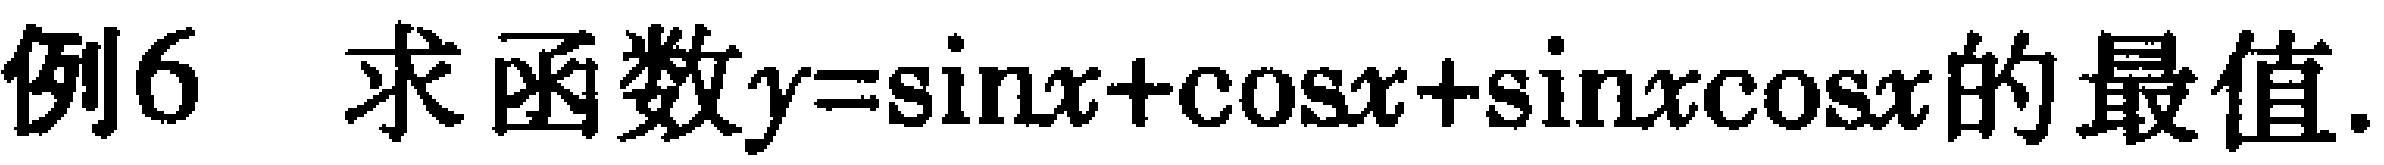
例6 求函数\(y = \sin x+\cos x+\sin x\cos x\)的最值.